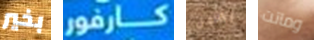
بخير كارفور يشعل وماتت